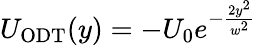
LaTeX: U_{\mathrm{ODT}}(y)=-U_{0}e^{-\frac{2y^{2}}{w^{2}}}